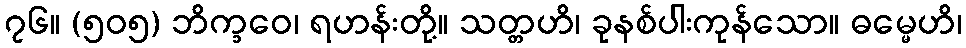
၇၆။ (၅၀၅) ဘိက္ခဝေ၊ ရဟန်းတို့။ သတ္တဟိ၊ ခုနစ်ပါးကုန်သော။ ဓမ္မေဟိ၊